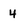
Character: 4